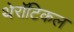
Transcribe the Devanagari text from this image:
थेरॉटिकल